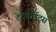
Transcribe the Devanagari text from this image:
टेराबाईट्स